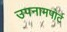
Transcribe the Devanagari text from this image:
उपनामपोर्ट